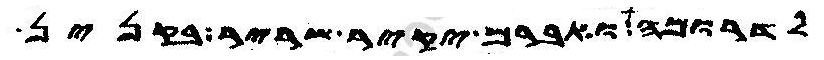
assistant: לדרומה ואברם יקיר שריר בקנין